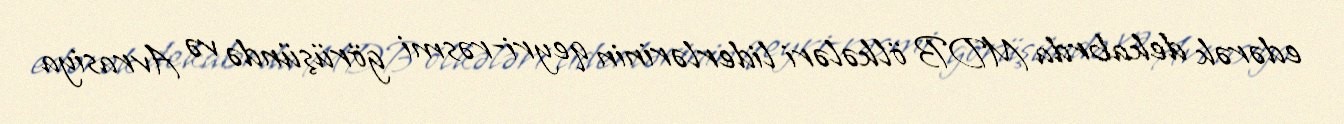
edərək dekabrda MDB ölkələri liderlərinin qeyri-rəsmi görüşündə və Avrasiya